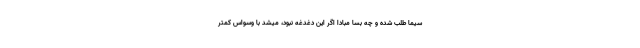
سیما طلب شده و چه بسا مبادا اگر این دغدغه نبود، میشد با وسواس کمتر